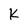
Character: k